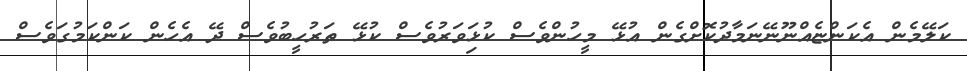
ކަލޭމެން އެކަންޏެއްނޫނޭނަމާދުކޮށްގެން އުޅޭ މީހުންވެސް ކުޅިަވަރުވެސް ކުޅޭ ތަރުހީބުވެސް ދޭ އެހެން ކަންކަމުގަވެސް